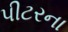
પીટરના